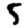
Digit: 5